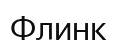
Флинк